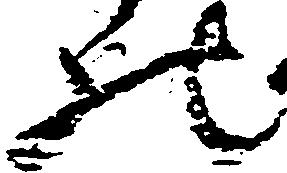
の